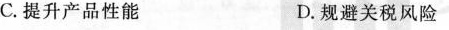
C.提升产品性能 D.规避关税风险